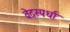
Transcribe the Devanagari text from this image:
वेदस्पर्धा